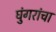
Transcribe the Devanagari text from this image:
घुंगरांचा